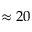
\approx 2 0